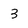
Character: 3